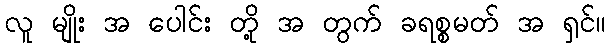
လူ မျိုး အ ပေါင်း တို့ အ တွက် ခရစ္စမတ် အ ရှင်။